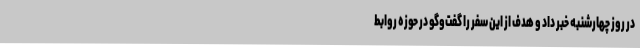
در روز چهارشنبه خبر داد و هدف از این سفر را گفت‌وگو در حوزه روابط